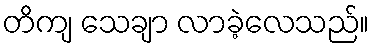
တိကျ သေချာ လာခဲ့လေသည်။